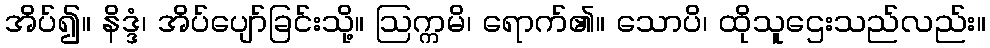
အိပ်၍။ နိဒ္ဒံ၊ အိပ်ပျော်ခြင်းသို့။ ဩက္ကမိ၊ ရောက်၏။ သောပိ၊ ထိုသူဌေးသည်လည်း။